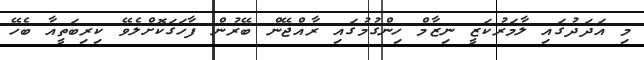
މި އަދަދުގައި ލާމަރުކަޒީ ނިޒާމް ހިންގުމުގައި ރާއްޖޭން ބޭރުން ފާހަގަކޮށްލެވޭ ކިރިބަތީއާ ބެހޭ